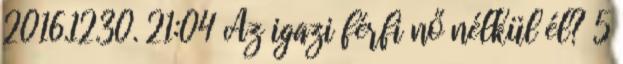
2016.12.30. 21:04 Az igazi férfi nő nélkül él? 5